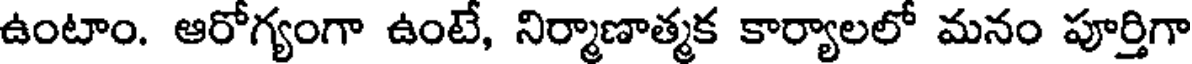
ఉంటాం. ఆరోగ్యంగా ఉంటే, నిర్మాణాత్మక కార్యాలలో మనం పూర్తిగా